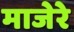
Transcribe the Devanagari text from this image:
माजेरे